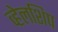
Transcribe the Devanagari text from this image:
व्हेलशिप